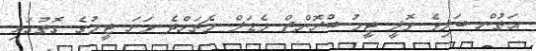
އަތުން ބަލިވެ ވޮލީ ޓީމު ބްރޮންޒް މެޑަލް މެޗަށްދެ ވަނަ ޓީމުގެ ގޮތުގައި